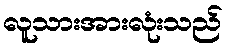
လူသားအားလုံးသည်